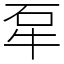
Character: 㸴